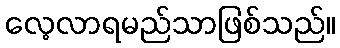
လေ့လာရမည်သာဖြစ်သည်။